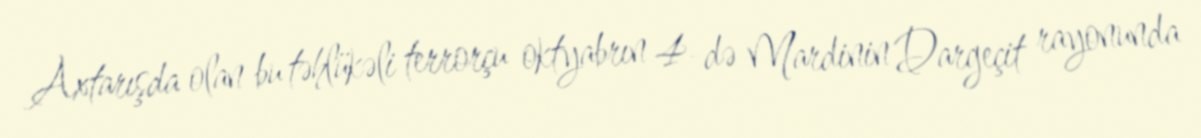
Axtarışda olan bu təhlükəli terrorçu oktyabrın 4-də Mardinin Dargeçit rayonunda